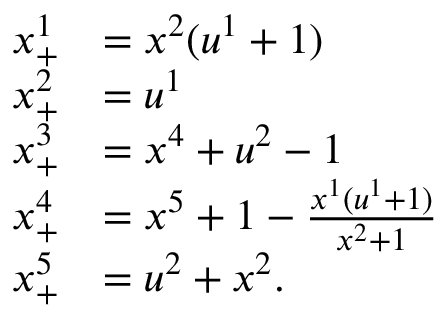
\begin{array} { r l } { x _ { + } ^ { 1 } } & { = x ^ { 2 } ( u ^ { 1 } + 1 ) } \\ { x _ { + } ^ { 2 } } & { = u ^ { 1 } } \\ { x _ { + } ^ { 3 } } & { = x ^ { 4 } + u ^ { 2 } - 1 } \\ { x _ { + } ^ { 4 } } & { = x ^ { 5 } + 1 - \frac { x ^ { 1 } ( u ^ { 1 } + 1 ) } { x ^ { 2 } + 1 } } \\ { x _ { + } ^ { 5 } } & { = u ^ { 2 } + x ^ { 2 } . } \end{array}